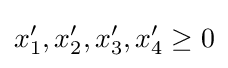
x'_{1},x'_{2},x'_{3},x'_{4}\geq 0